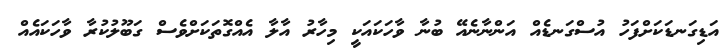
އަޑިގަނޑަކަށްފަހު އުސްގަނޑެއް އަންނާނެއޭ ބުނާ ވާހަކައަކީ މިހާރު އާލާ އެއްގޮތަކަށްވެސް ގަބޫލުކުރާ ވާހަކައެއް